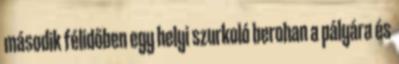
második félidőben egy helyi szurkoló berohan a pályára és